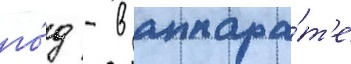
го́д - в аппара́т'е